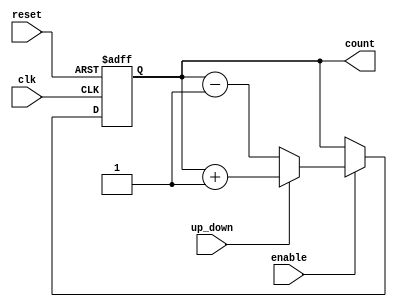
module parallel_counter (
    input wire clk,          // Clock signal
    input wire reset,        // Synchronous reset
    input wire enable,       // Enable signal
    input wire up_down,      // Count direction: 1 for up, 0 for down
    output reg [n-1:0] count // n-bit counter output
);
    parameter n = 4; // Number of bits in the counter (can be changed as needed)

    always @(posedge clk or posedge reset) begin
        if (reset) begin
            count <= 0; // Reset the counter to 0
        end else if (enable) begin
            if (up_down) begin
                count <= count + 1; // Increment the counter
            end else begin
                count <= count - 1; // Decrement the counter
            end
        end
    end
endmodule